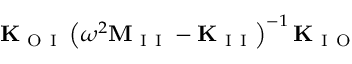
\mathbf { K } _ { \mathrm { ~ O ~ I ~ } } \left( \omega ^ { 2 } \mathbf { M } _ { \mathrm { ~ I ~ I ~ } } - \mathbf { K } _ { \mathrm { ~ I ~ I ~ } } \right) ^ { - 1 } \mathbf { K } _ { \mathrm { ~ I ~ O ~ } }